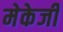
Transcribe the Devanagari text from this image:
मेकेजी